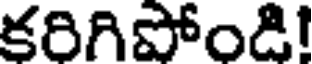
కరిగిపోండి!